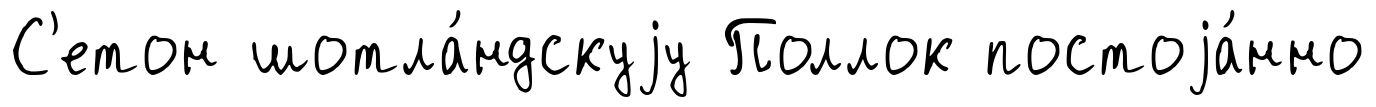
С'етон шотла́ндскуjу Поллок постоjа́нно